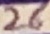
Text: 26